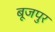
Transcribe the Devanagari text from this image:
बूजपुर